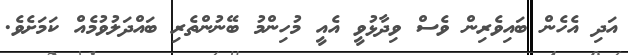
އަދި އެހެން ބައިވެރިން ވެސް ވިދާޅުވީ އެއީ މުހިންމު ބޭނުންތެރި ބައްދަލުވުމެއް ކަމަށެވެ.